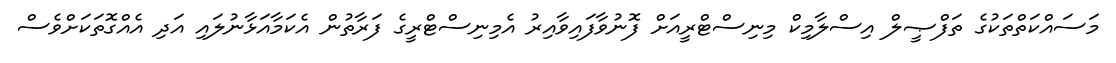
މަސައްކަތްތަކުގެ ތަފްޞީލް އިސްލާމިކް މިނިސްޓްރީއަށް ފޮނުވާފައިވާއިރު އެމިނިސްޓްރީގެ ފަރާތުން އެކަމާއަޅާނުލައި އަދި އެއްގޮތަކަށްވެސް